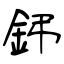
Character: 鈟